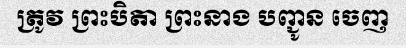
ត្រូវ ព្រះបិតា ព្រះនាង បញ្ជូន ចេញ